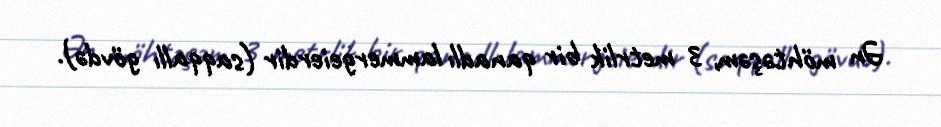
Ən möhtəşəm, 3 metrlik bir qanadlı lammergeierdir (saqqallı gövdə).